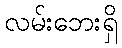
လမ်းဘေးရှိ